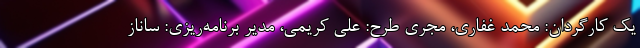
یک کارگردان: محمد غفاری، مجری طرح: علی کریمی، مدیر برنامه‌ریزی: ساناز